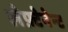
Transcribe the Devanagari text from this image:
लेफ़्टेनेन्ट